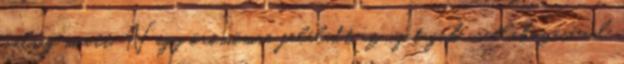
válság miatt. Nagy örömömre feléledt az új tagok csatlakozásával